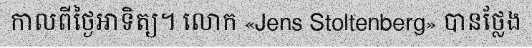
កាលពីថ្ងៃអាទិត្យ។ លោក «Jens Stoltenberg» បានថ្លែង